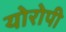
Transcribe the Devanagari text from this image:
योरोपी